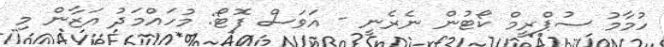
ހުމާމު ސުޕްރީމް ކޯޓުން ނެރެނީ - އަވަސް ފޮޓޯ: މުހައްމަދު އަޒާން މި